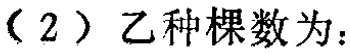
（2）乙种棵数为：